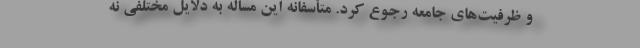
و ظرفیت‌های جامعه رجوع کرد. متأسفانه این مسأله به دلایل مختلفی نه